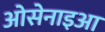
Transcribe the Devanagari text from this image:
ओसेनाइआ